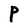
Character: P